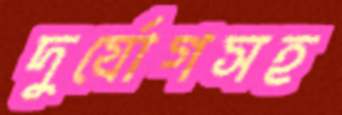
দুর্যোগসহ